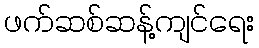
ဖက်ဆစ်ဆန့်ကျင်ရေး